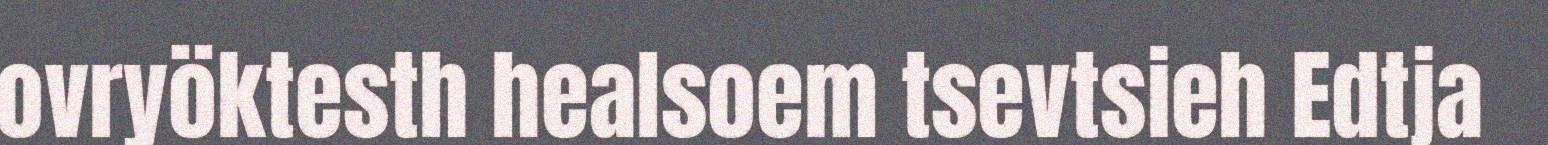
ovryöktesth healsoem tsevtsieh Edtja